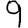
Digit: 9